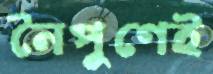
নৈপুণেই